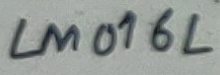
Text: LM016L